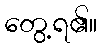
တွေ့ရ၏။